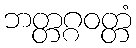
ဘတ္တဂ္ဂဝတ္တံ